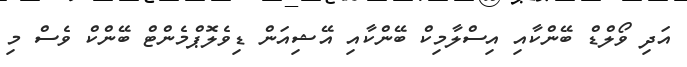
އަދި ވޯލްޑް ބޭންކާއި އިސްލާމިކް ބޭންކާއި އޭޝިއަން ޑިވެލޮޕްމެންޓް ބޭންކް ވެސް މި